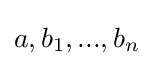
a,b_{1},...,b_{n}